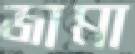
জামা